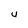
Character: U